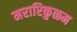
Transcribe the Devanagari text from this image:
मरारिकुळम